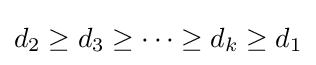
d_{2}\geq d_{3}\geq \cdots \geq d_{k}\geq d_{1}